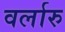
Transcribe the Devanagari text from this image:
वर्लारु